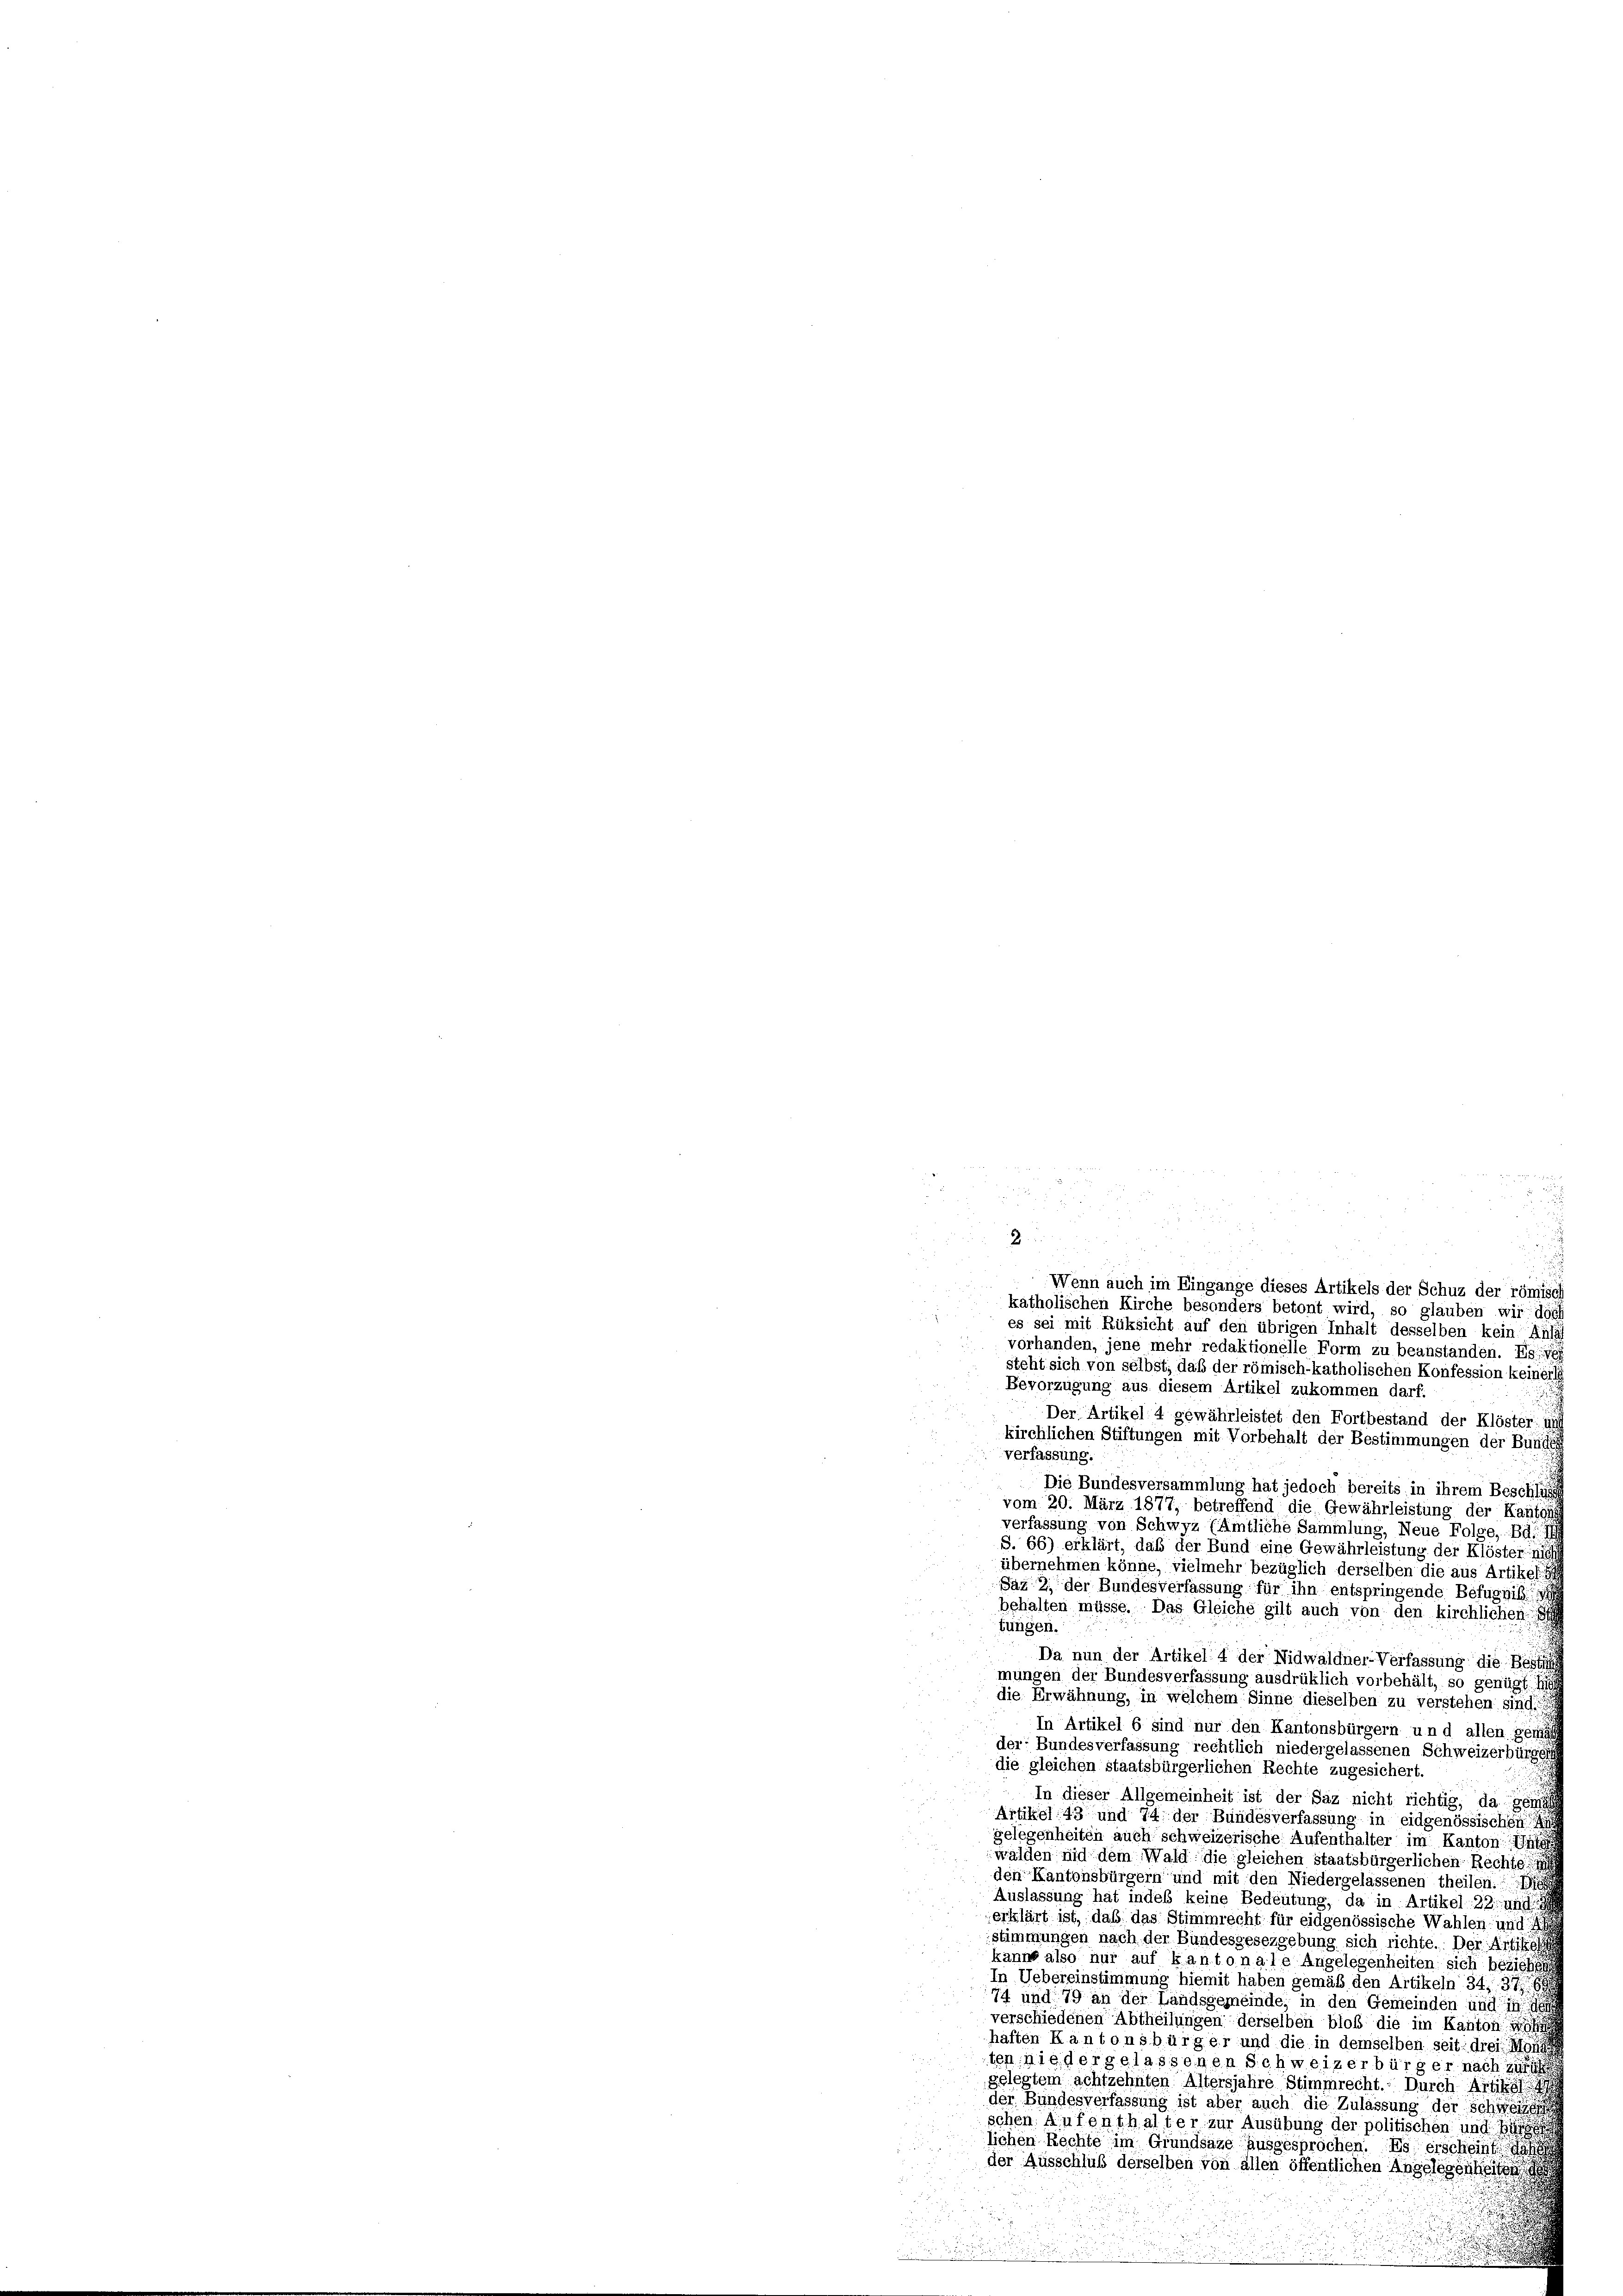
Wenn auch im Eingange dieses Artikels der Schuz der römisch
katholischen Kirche besonders betont wird, so glauben wir dach
es sei mit Rüksicht auf den übrigen Inhalt desselben kein Anlas
vorhanden, jene mehr redaktionelle Form zu beanstanden. Es i
steht sich von selbst; daß der römisch-katholischen Konfession keinerli
Bevorzugung aus diesem Artikel zukommen darf.
Der Artikel 4 gewährleistet den Fortbestand der Klöster: is
kirchlichen Stiftungen mit Vorbehalt der Bestimmungen der Bunde
verfassung.
Die Bundesversammlung hat jedoch bereits in ihrem Beschli
vom 20. März 1877, betreffend die Gewährleistung der Kanton
verfassung von Schwyz (ämtliche Sammlung, Neue Folge, Bd. I
S. 66) erklärt, daß der Bund eine Gewährleistung der Klöster s
übernehmen könne, vielmehr bezüglich derselben die aus Artikel
Saz 2, der Bundesverfassung für ihn entspringende Befugnis d
behalten müsse. Das Gleiche gilt auch von den kirchlichen
tungen.
Da nun der Artikel 4 der Nidwaldner-Verfassung die Best
mungen der Bundesverfassung ausdrüklich vorbehält, so genügt ha
die Erwähnung, in welchem Sinne dieselben zu verstehen sind
In Artikel 6 sind nur den Kantonsbürgern und allen gemäs
der Bundesverfassung rechtlich niedergelassenen Schweizerbürger
die gleichen staatsbürgerlichen Rechte zugesichert.
In dieser Allgemeinheit ist der Säz nicht richtig, da gena
Artikel 43 und 74 der Bundesverfassung in eidgenössischen
gelegenheiten auch schweizerische Aufenthalter im Kanton Unte
walden nid dem Wald die gleichen staatsbürgerlichen Rechte
den Kantonsbürgern und mit den Niedergelassenen theilen.
Auslassung hat indes keine Bedeutung, da in Artikel 23. und
erklärt ist, daß das Stimmrecht für eidgenössische Wahlen, und
stimmungen nach der Bundesgesezgebung sich richte. Der Arti
kanns also nur auf kantonale Angelegenheiten sich beziehen
In Uebereinstimmung hiemit haben gemäß den Artikeln 34, 376
74 und 79 an der Landsgemeinde, in den Gemeinden und in
verschiedenen Abtheilungen derselben bloß die im Kanton
haften Kantonsbürger und die in demselben seit drei Mon
ten niedergelassenen Schweizerbürger nach zu
gelegtem achtzehnten Altersjahre Stimmrecht. Durch Artikel
der Bundesverfassung ist aber auch die Zulassung der Sch
schen. Aufenthalter zur Ausübung der politischen und sich
lichen Rechte im Grundsätze ausgesprochen. Es erscheint das
der Ausschluß derselben von allen öffentlichen Angelegenheiten
.

d